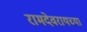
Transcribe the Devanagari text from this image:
रामदेवरायच्या